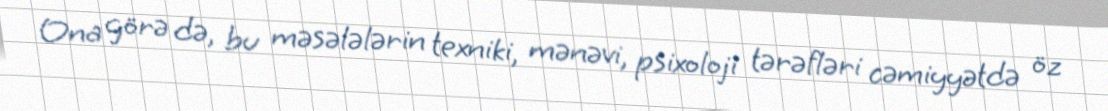
Ona görə də, bu məsələlərin texniki, mənəvi, psixoloji tərəfləri cəmiyyətdə öz